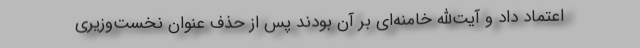
اعتماد داد و آیت‌الله خامنه‌ای بر آن بودند پس از حذف عنوان نخست‌وزیری